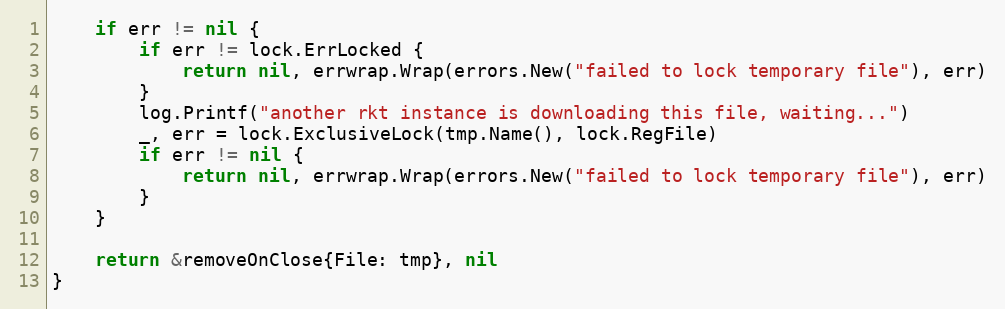
Language: Go
	if err != nil {
		if err != lock.ErrLocked {
			return nil, errwrap.Wrap(errors.New("failed to lock temporary file"), err)
		}
		log.Printf("another rkt instance is downloading this file, waiting...")
		_, err = lock.ExclusiveLock(tmp.Name(), lock.RegFile)
		if err != nil {
			return nil, errwrap.Wrap(errors.New("failed to lock temporary file"), err)
		}
	}

	return &removeOnClose{File: tmp}, nil
}